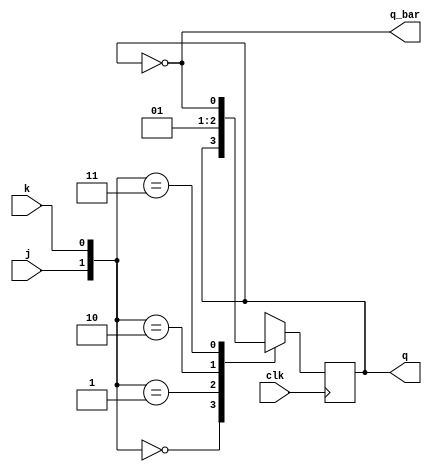
`timescale 1ns / 1ps
//////////////////////////////////////////////////////////////////////////////////
// Company: 
// Engineer: 
// 
// Design Name: 
// Module Name: MASTER_SLAVE_JK
// Project Name: 
// Target Devices: 
// Tool Versions: 
// Description: 
// 
// Dependencies: 
// 
// Revision:
// Revision 0.01 - File Created
// Additional Comments:
// 
//////////////////////////////////////////////////////////////////////////////////


module jk_ff(j,k,clk,q,q_bar);
input j,k,clk;
output  q,q_bar;
reg q;
assign q_bar= ~q;
always @(posedge clk)
begin

case({j,k})
2'b00: q<=q;
2'b01: q<=0;
2'b10: q<=1;
2'b11: q<=~q;
endcase
end
endmodule


module master_slave(s,r,clk,qn,qn_bar);
input s,r,clk;
output qn,qn_bar;


wire mq;
wire mq_bar;
wire mclk;
assign mclk= ~clk;


jk_ff Master(s,r,clk,mq,mq_bar);
jk_ff Slave(mq,mq_bar,mclk,qn,qn_bar);

endmodule